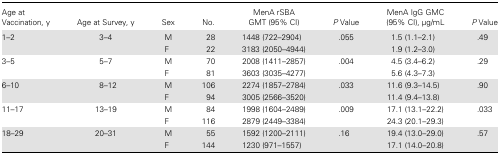
<table><thead><tr><td><b>Age at Vaccination, y</b></td><td><b>Age at Survey, y</b></td><td><b>Sex</b></td><td><b>No.</b></td><td><b>MenA rSBAGMT (95% CI)</b></td><td><b><i>P</i> Value</b></td><td><b>MenA IgG GMC (95% CI), μg/mL</b></td><td><b><i>P</i> Value</b></td></tr></thead><tbody><tr><td>1–2</td><td>3–4</td><td>M</td><td>28</td><td>1448 (722–2904)</td><td>.055</td><td>1.5 (1.1–2.1)</td><td>.49</td></tr><tr><td></td><td></td><td>F</td><td>22</td><td>3183 (2050–4944)</td><td></td><td>1.9 (1.2–3.0)</td><td></td></tr><tr><td>3–5</td><td>5–7</td><td>M</td><td>70</td><td>2008 (1411–2857)</td><td>.004</td><td>4.5 (3.4–6.2)</td><td>.29</td></tr><tr><td></td><td></td><td>F</td><td>81</td><td>3603 (3035–4277)</td><td></td><td>5.6 (4.3–7.3)</td><td></td></tr><tr><td>6–10</td><td>8–12</td><td>M</td><td>106</td><td>2274 (1857–2784)</td><td>.033</td><td>11.6 (9.3–14.5)</td><td>.90</td></tr><tr><td></td><td></td><td>F</td><td>94</td><td>3005 (2566–3520)</td><td></td><td>11.4 (9.4–13.8)</td><td></td></tr><tr><td>11–17</td><td>13–19</td><td>M</td><td>84</td><td>1998 (1604–2489)</td><td>.009</td><td>17.1 (13.1–22.2)</td><td>.033</td></tr><tr><td></td><td></td><td>F</td><td>116</td><td>2879 (2449–3384)</td><td></td><td>24.3 (20.1–29.3)</td><td></td></tr><tr><td>18–29</td><td>20–31</td><td>M</td><td>55</td><td>1592 (1200–2111)</td><td>.16</td><td>19.4 (13.0–29.0)</td><td>.57</td></tr><tr><td></td><td></td><td>F</td><td>144</td><td>1230 (971–1557)</td><td></td><td>17.1 (14.0–20.8)</td><td></td></tr></tbody></table>